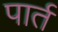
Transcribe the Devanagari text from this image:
पार्त